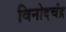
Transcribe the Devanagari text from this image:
विनोदचंद्र